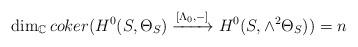
LaTeX: \begin{align*} \dim_\mathbb{C}coker(H^0(S, \Theta_{S})\xrightarrow{[\Lambda_0,-]} H^0(S, \wedge^2 \Theta_{S}))=n\end{align*}